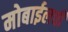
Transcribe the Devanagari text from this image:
मोबाईलची